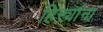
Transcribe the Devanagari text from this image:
हिऱ्यांना